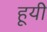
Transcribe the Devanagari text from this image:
हूयी